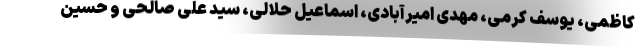
کاظمی، یوسف کرمی، مهدی امیرآبادی، اسماعیل حلالی، سید علی صالحی و حسین